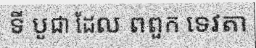
ទី បូជា ដែល ពពួក ទេវតា